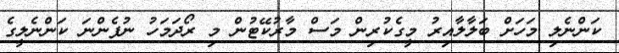
ކަންނެލި މަހަށް ބަލާލާއިރު މީގެކުރިން މަސް މާރުކޭޓުން މި ރޯދަމަހު ނުފެންނަ ކަންނެލީގެ